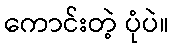
ကောင်းတဲ့ ပုံပဲ။